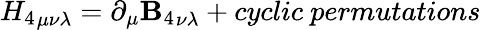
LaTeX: {H_{4}}_{\mu\nu\lambda}=\partial_{\mu}{\mathbf{B}_{4}}_{\nu\lambda}+cyclic~permutations